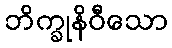
ဘိက္ခုနိဝီသော